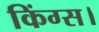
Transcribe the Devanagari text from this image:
किंग्स।